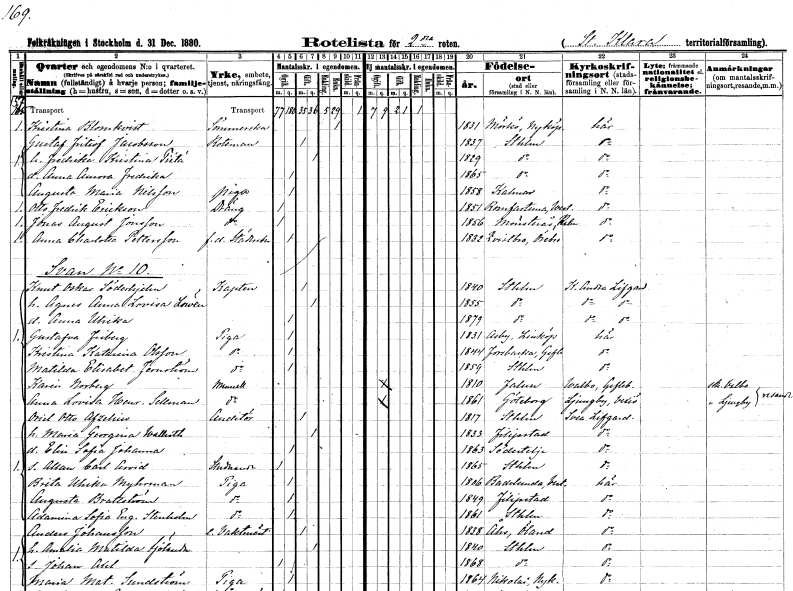
gt_parse: households: individuals: FN: Kristina
EN: Blomkvist
YRKE: Sömmerska
KON: K
CIV: E
FODAR: 1831
FODFORS: Mörkö Stockholms län
FN: Gustaf Fritiof
EN: Jacobsson
YRKE: Roteman
KON: M
CIV: G
FODAR: 1837
FODFORS: Stockholm
FN: Fredrika Kristina
EN: Piéta
KON: K
CIV: G
FODAR: 1829
FODFORS: Stockholm
FN: Anna Aurora Fredrika
KON: K
CIV: O
FODAR: 1865
FODFORS: Stockholm
FN: Augusta Maria
EN: Nilsson
YRKE: Piga
KON: K
CIV: O
FODAR: 1858
FODFORS: Kalmar Kalmar län
FN: Otto Fredrik
EN: Erickson
YRKE: Dräng
KON: M
CIV: O
FODAR: 1851
FODFORS: Romfartuna Västmanlands län
FN: Jonas August
EN: Jonsson
YRKE: Dräng
KON: M
CIV: O
FODAR: 1856
FODFORS: Mönsterås Kalmar län
FN: Anna Charlotta
EN: Pettersson
YRKE: Städerska f.d.
KON: K
CIV: O
FODAR: 1832
FODFORS: Kvistbro Örebro län
FN: Knut Oskar
EN: Söderhjelm
YRKE: Kapten
KON: M
CIV: G
FODAR: 1840
FODFORS: Stockholm
FN: Agnes Anna Lovisa
EN: Lowén
KON: K
CIV: G
FODAR: 1855
FODFORS: Stockholm
FN: Anna Ulrika
KON: K
CIV: O
FODAR: 1879
FODFORS: Stockholm
FN: Gustafva
EN: Friberg
YRKE: Piga
KON: K
CIV: O
FODAR: 1831
FODFORS: Asby Östergötlands län
FN: Kristina Katarina
EN: Olsson
YRKE: Piga
KON: K
CIV: O
FODAR: 1844
FODFORS: Valbo Gävleborgs län
FN: Matilda Elisabet
EN: Jernström
YRKE: Piga
KON: K
CIV: O
FODAR: 1859
FODFORS: Stockholm
FN: Karin
EN: Norberg
KON: K
CIV: O
FODAR: 1810
FODFORS: Falun Kopparbergs län
FN: Anna Lovisa Henrika
EN: Sellman
KON: K
CIV: O
FODAR: 1861
FODFORS: Göteborg Göteborgs- och Bohuslän
FN: Oriel Otto
EN: Afzelius
YRKE: Auditör
KON: M
CIV: G
FODAR: 1817
FODFORS: Stockholm
FN: Maria Georgina
EN: Wallroth
KON: K
CIV: G
FODAR: 1833
FODFORS: Filipstad Värmlands län
FN: Elin Sofia Johanna
KON: K
CIV: O
FODAR: 1863
FODFORS: Södertälje Stockholms län
FN: Allan Carl Arvid
YRKE: Studerande
KON: M
CIV: O
FODAR: 1865
FODFORS: Stockholm
FN: Brita Ulrika
EN: Myhrman
YRKE: Piga
KON: K
CIV: O
FODAR: 1806
FODFORS: Badelunda Västmanlands län
FN: Augusta
EN: Brattström
YRKE: Piga
KON: K
CIV: O
FODAR: 1849
FODFORS: Filipstad Värmlands län
FN: Adamina Sofia Eugenia
EN: Stenholm
YRKE: Piga
KON: K
CIV: O
FODAR: 1861
FODFORS: Stockholm